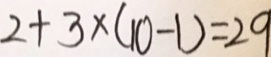
2 + 3 \times ( 1 0 - 1 ) = 2 9